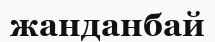
жанданбай